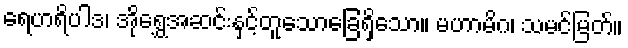
ရေဟရိပါဒ၊ အိုရွှေအဆင်းနှင့်တူသောခြေရှိသော။ မဟာမိဂ၊ သမင်မြတ်။